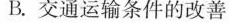
B.交通运输条件的改善